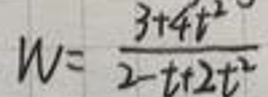
\[
W = \frac{3 + 4t^{2}}{2 - t + 2t^{2}}
\]